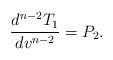
LaTeX: \begin{align*} \frac{d^{n-2}T_1}{dv^{n-2}}=P_2.\end{align*}